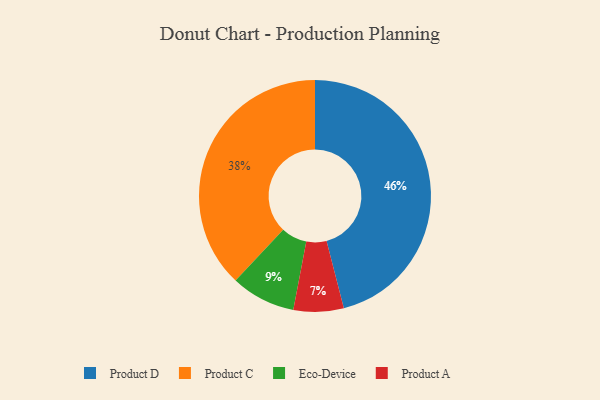
{"axis": {"x": "Category", "y": "Percentage"}, "legend": ["Eco-Device", "Product A", "Product C", "Product D"], "data": [{"x": "Product C", "y": 38, "type": "Product C"}, {"x": "Eco-Device", "y": 9, "type": "Eco-Device"}, {"x": "Product D", "y": 46, "type": "Product D"}, {"x": "Product A", "y": 7, "type": "Product A"}]}